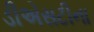
ડીએસટીના